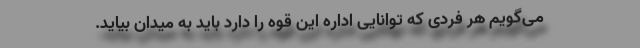
می‌گویم هر فردی که توانایی اداره این قوه را دارد باید به میدان بیاید.